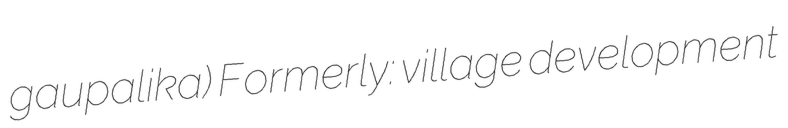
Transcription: gaupalika) Formerly: village development